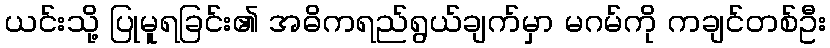
ယင်းသို့ ပြုမူရခြင်း၏ အဓိကရည်ရွယ်ချက်မှာ မဂမ်ကို ကချင်တစ်ဦး